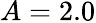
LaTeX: A=2.0